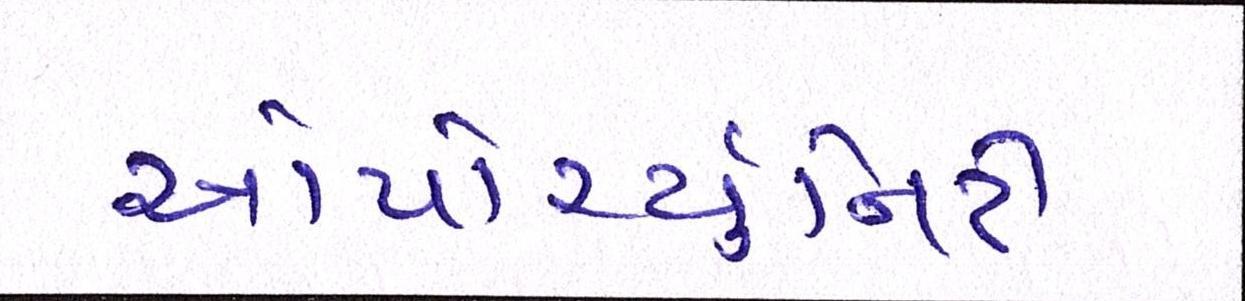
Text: ઓપોર્ચ્યુનિટી